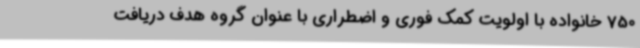
750 خانواده با اولویت کمک فوری و اضطراری با عنوان گروه هدف دریافت